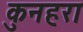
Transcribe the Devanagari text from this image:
कुनहरा